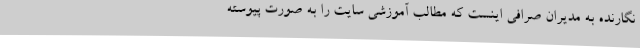
نگارنده به مدیران صرافی اینست که مطالب آموزشی سایت را به صورت پیوسته